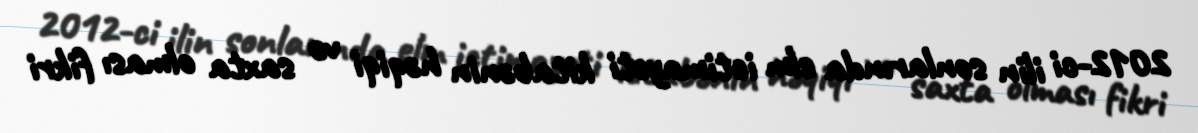
2012-ci ilin sonlarında elm ictimayəti kitabənin həqiqi və saxta olması fikri